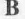
B